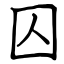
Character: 囚